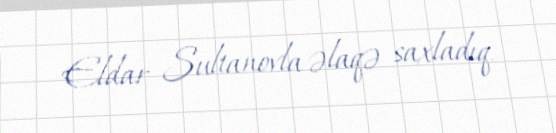
Eldar Sultanovla əlaqə saxladıq.